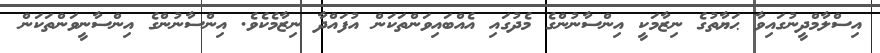
އިސްލާމްދީނުގައިވާ ޙަޔާތުގެ ނިޒާމަކީ އިންސާނުންގެ މެދުގައި އެއްބައިވަންތަކަން އުފައްދާ ނިޒާމެކެވެ. އިންސާނުންގެ އިންސާނީވަންތަކަން